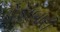
ડોકાબારી